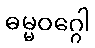
ဓမ္မဝဂ္ဂေါ